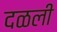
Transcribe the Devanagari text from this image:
दळली